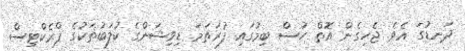
ދަނޑުގަ އެވެ. ޖެހިގެން އޮތް ހުސް ބިމުގައި ފުރަތަމަ ޑިވިޝަންގެ ކުލަބުތަކުގެ ޕްރެކްޓިސް